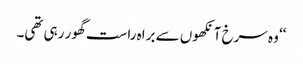
‘‘ وہ سرخ آنکھوں سے براہ راست گھور رہی تھی۔